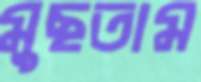
মুছতাম